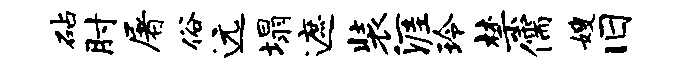
砧肘屠俗远塌遮装涯玲禁儒嫂旧